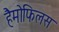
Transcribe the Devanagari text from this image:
हैमोफिलस